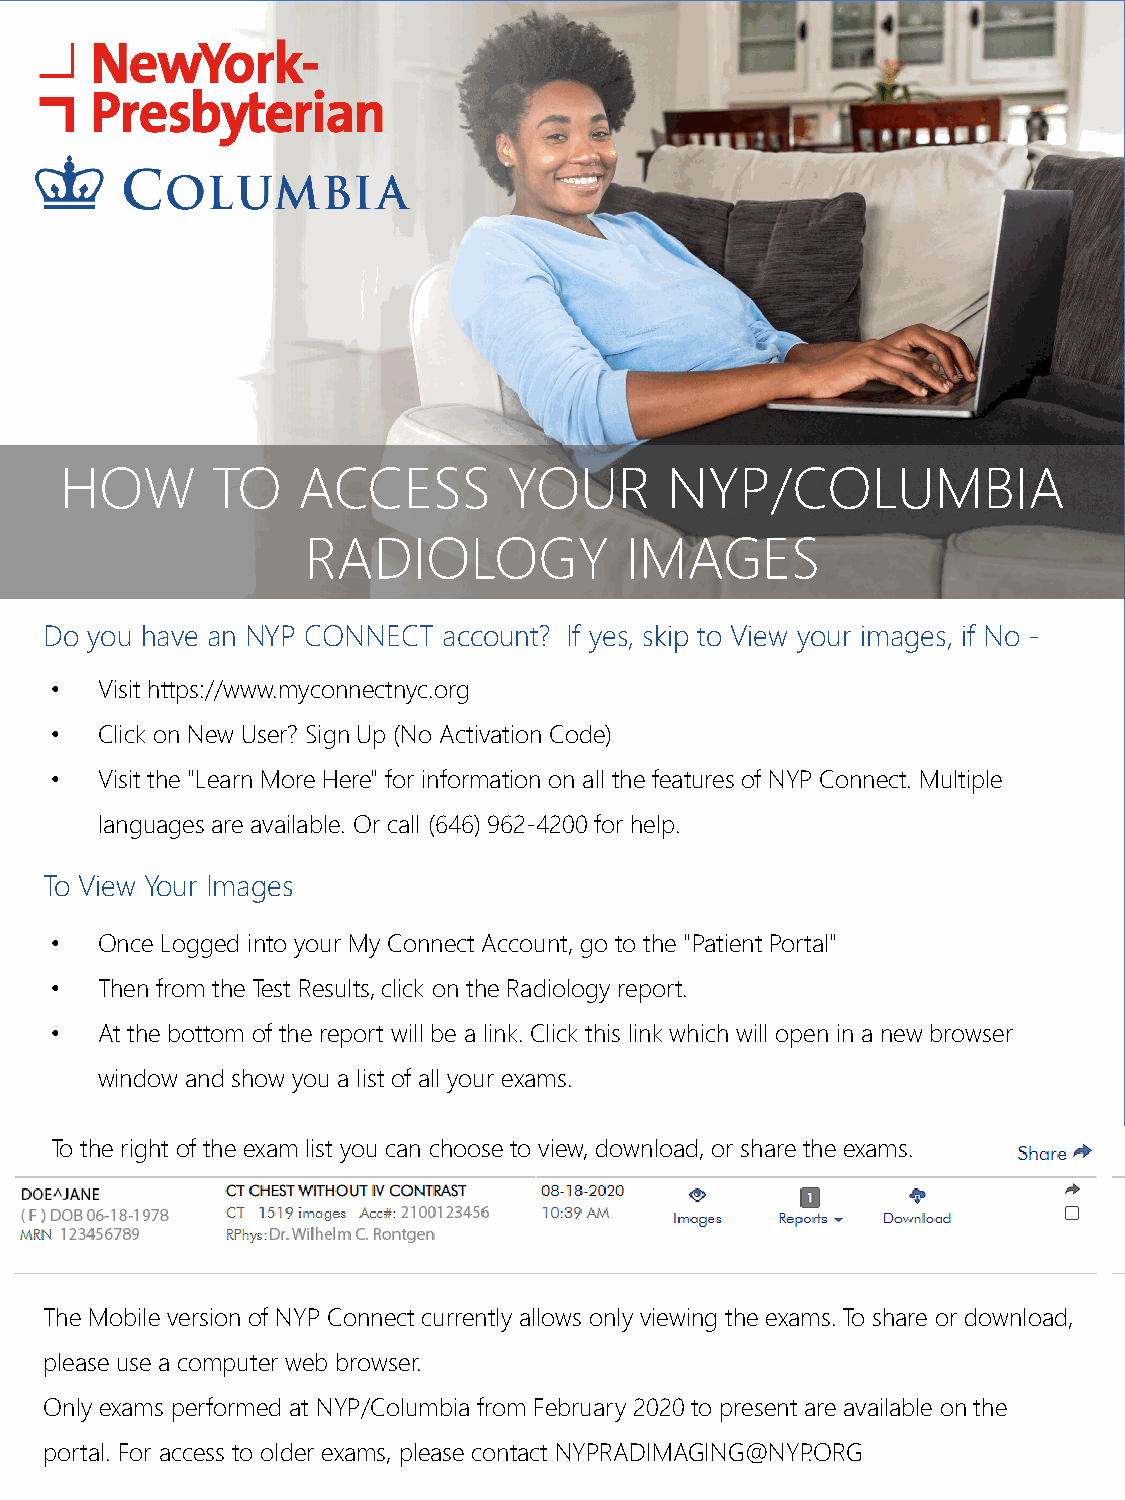
HOW       TO    ACCESS        YOUR      NYP/COLUMBIA
 RADIOLOGY            IMAGES
 Do you have an NYP CONNECT account? If yes, skip to View your images, if No -
 •  Visit https://www.myconnectnyc.org
 •  Click on New User? Sign Up (No Activation Code)
 •  Visit the "Learn More Here" for information on all the features of NYP Connect. Multiple
 languages are available. Or call (646) 962-4200 for help.
 To View Your Images
 •  Once Logged into your My Connect Account, go to the "Patient Portal"
 •  Then from the Test Results, click on the Radiology report.
 •  At the bottom of the report will be a link. Click this link which will open in a new browser
 window and show you a list of all your exams.
 To the right of the exam list you can choose to view, download, or share the exams.
 The Mobile version of NYP Connect currently allows only viewing the exams. To share or download,
 please use a computer web browser.
 Only exams performed at NYP/Columbia from February 2020 to present are available on the
 portal. For access to older exams, please contact NYPRADIMAGING@NYP.ORG